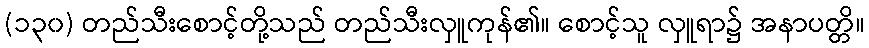
(၁၃၀) တည်သီးစောင့်တို့သည် တည်သီးလှူကုန်၏။ စောင့်သူ လှူရာ၌ အနာပတ္တိ။